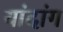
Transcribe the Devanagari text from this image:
यांदांग